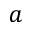
a